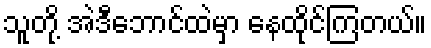
သူတို့ အဲဒီဘောင်ထဲမှာ နေထိုင်ကြတယ်။